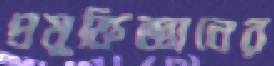
প্রযুক্তিজ্ঞানের